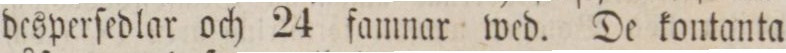
desperſedlar och 24 famnar wed. De kontanta